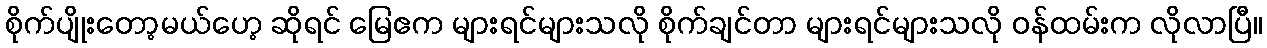
စိုက်ပျိုးတော့မယ်ဟေ့ ဆိုရင် မြေဧက များရင်များသလို စိုက်ချင်တာ များရင်များသလို ဝန်ထမ်းက လိုလာပြီ။